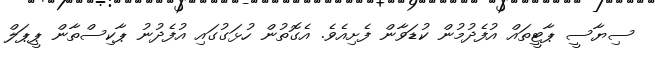
ސިޔާސީ ޕާޓީތައް އުފެދުމުން ކުޑަވާން ފެށިއެވެ. އެގޮތުން ހުޅަގުގައި އުފެދުނު ޕާކިސްތާން ޕީޕަލް